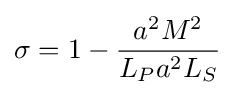
\sigma =1-{\frac {a^{2}M^{2}}{L_{P}a^{2}L_{S}}}